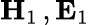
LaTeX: \mathbf{H}_{1}\, ,\mathbf{E}_{1}